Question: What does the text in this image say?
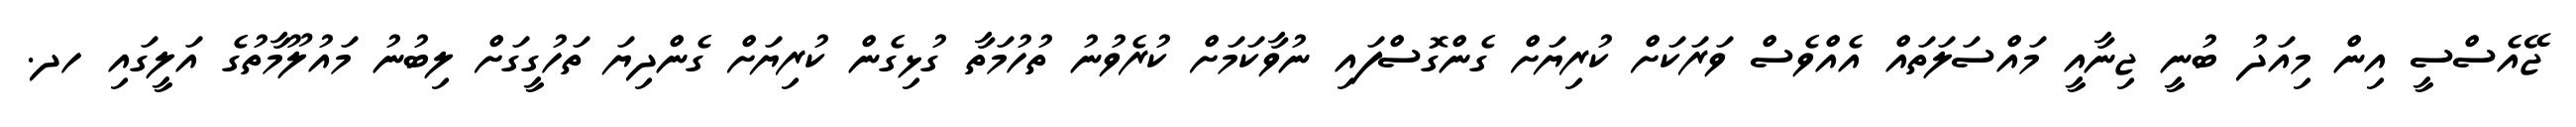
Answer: ޖޭއެސްސީ އިން މިއަދު ބުނީ ޖިނާއީ މައްސަލަތައް އެއްވެސް ވަރަކަށް ކުރިޔަށް ގެންގޮސްފައި ނުވާކަމަށް ކުރެވުނު ތުހުމަތާ ގުޅިގެން ކުރިޔަށް ގެންދިޔަ ތަހުގީގަށް ލިބުނު މައުލޫމާތުގެ އަލީގައި ހދ.